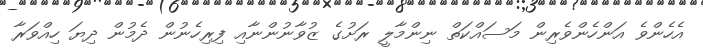
އެހެންވެ އަންހެންވެރިން މަސައްކަތް ނިންމާލީ ރަށުގެ ޒުވާނުންނާއި ފިރިހެނުން ދެމުން ދިޔަ ހިއްވަރާ